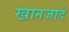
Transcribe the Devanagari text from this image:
खानजादे